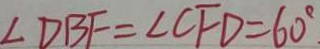
\angle D B F = \angle C F D = 6 0 ^ { \circ } .